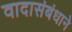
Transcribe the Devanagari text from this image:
वादासंबंधाने